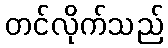
တင်လိုက်သည်